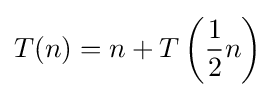
T(n)=n+T\left({\frac {1}{2}}n\right)